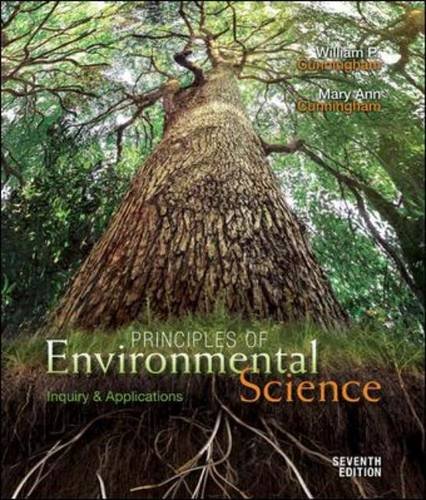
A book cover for Principles of Environmental Science: Inquiry and Applications; William Cunningham; Science & Math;